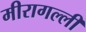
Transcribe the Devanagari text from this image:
मीरागल्ली